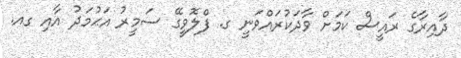
ދާއިރާގެ ރައީސް ކަމަށް ވާދަކުރައްވަނީ ގ. ފްލޮވީގޭ ސަމީރު އަޙުމަދު އާއި ގއ.